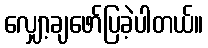
လျှော့ချဖော်ပြခဲ့ပါတယ်။